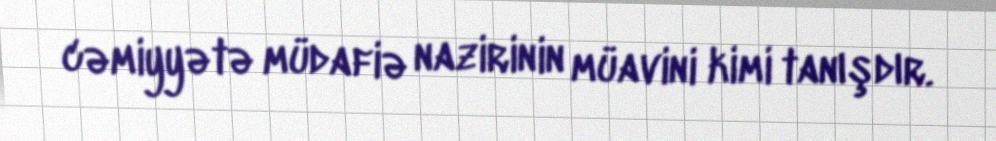
cəmiyyətə müdafiə nazirinin müavini kimi tanışdır.